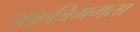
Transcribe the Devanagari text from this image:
अकृत्रिममता